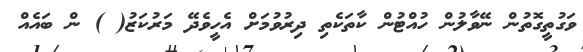
ވަގުތީގޮތުން ނޭވާލުން ހުއްޓުން ކާތަކެތި ދިރުވުމަށް އެހީވެދޭ މަރުކަޒު( ) ން ބައެއް